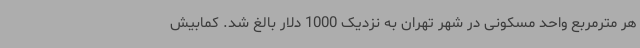
هر مترمربع واحد مسکونی در شهر تهران به نزدیک 1000 دلار بالغ شد. کمابیش